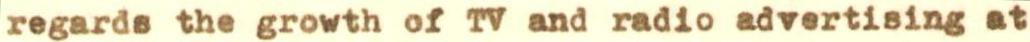
regards the growth of TV and radio advertising at